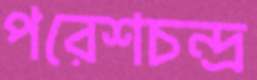
পরেশচন্দ্র